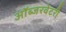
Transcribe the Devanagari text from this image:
ऑब्जरवेटरी